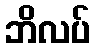
ဘိလပ်